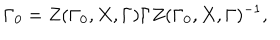
LaTeX: \Gamma _ { 0 } = Z ( \Gamma _ { 0 } , X , \Gamma ) \Gamma Z ( \Gamma _ { 0 } , X , \Gamma ) ^ { - 1 } ,